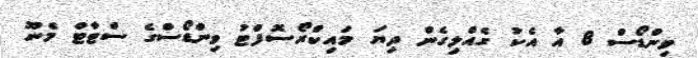
ވިންޑޯސް 8 އާ އެކު ގެއްލިގެން ދިޔަ މައިކްރޯސޮފްޓު ވިންޑޯސްގެ ސްޓާޓް މެނޫ